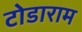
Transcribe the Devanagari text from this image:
टोडाराम